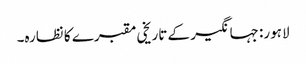
لاہور: جہانگیر کے تاریخی مقبرے کا نظارہ۔